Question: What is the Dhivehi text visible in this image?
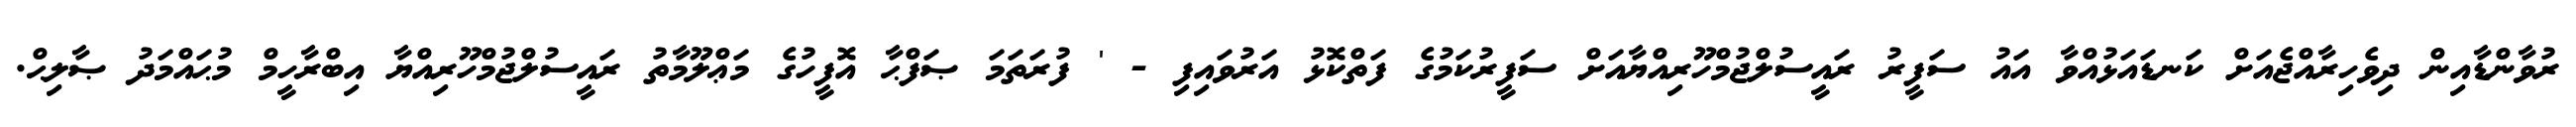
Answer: ރުވާންޑާއިން ދިވެހިރާއްޖެއަށް ކަނޑައަޅުއްވާ އައު ސަފީރު ރައީސުލްޖުމްހޫރިއްޔާއަށް ސަފީރުކަމުގެ ފަތްކޮޅު އަރުވައިފި - ' ފުރަތަމަ ޞަފްޙާ އޮފީހުގެ މަޢްލޫމާތު ރައީސުލްޖުމްހޫރިއްޔާ އިބްރާހީމް މުޙައްމަދު ޞާލިޙް.